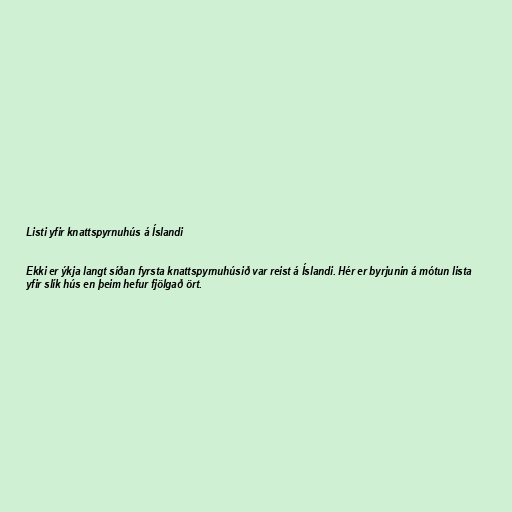
Listi yfir knattspyrnuhús á Íslandi

Ekki er ýkja langt síðan fyrsta knattspyrnuhúsið var reist á Íslandi. Hér er byrjunin á mótun lista
yfir slík hús en þeim hefur fjölgað ört.